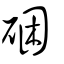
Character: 硱